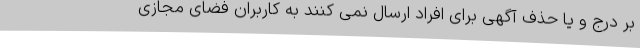
بر درج و یا حذف آگهی برای افراد ارسال نمی کنند به کاربران فضای مجازی